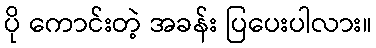
ပို ကောင်းတဲ့ အခန်း ပြပေးပါလား။